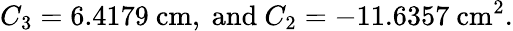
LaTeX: C_{3}=6.4179\ \mathrm{cm},\ \mathrm{and}\ C_{2}=-11.6357\ \mathrm{cm}^{2}.